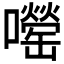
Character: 𫬨